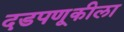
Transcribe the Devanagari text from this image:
दडपणूकीला